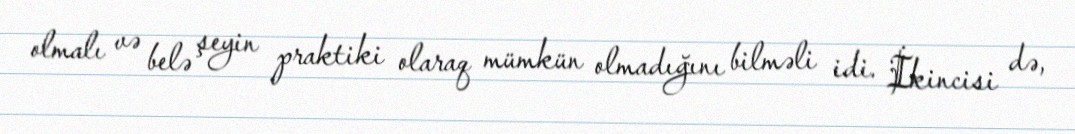
olmalı və belə şeyin praktiki olaraq mümkün olmadığını bilməli idi. İkincisi də,